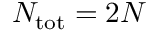
N _ { \mathrm { t o t } } = 2 N